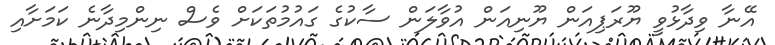
އޭނާ ވިދާޅުވީ ޔޫރަޕިއަން ޔޫނިއަން އުވާލަން ސާކުގެ ގައުމުތަކަށް ވެސް ނިންމިދާނެ ކަމަށާއި